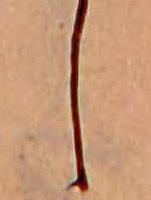
し